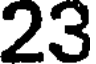
23